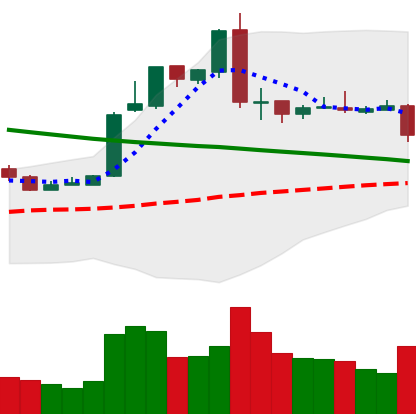
Ticker: EOS-USD
Chart end date: 2019-03-04
Forward return: 15.028%
Label: up_7plus